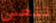
تتعبي